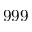
9 9 9